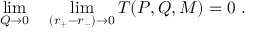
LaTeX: \operatorname * { l i m } _ { Q \rightarrow 0 } \quad \operatorname * { l i m } _ { ( r _ { + } - r _ { - } ) \rightarrow 0 } T ( P , Q , M ) = 0 \ .